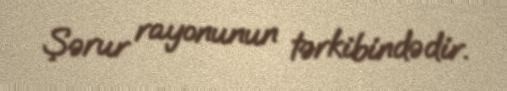
Şərur rayonunun tərkibindədir.